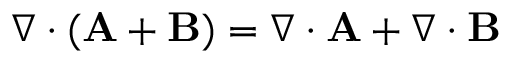
\nabla \cdot ( \mathbf { A } + \mathbf { B } ) = \nabla \cdot \mathbf { A } + \nabla \cdot \mathbf { B }